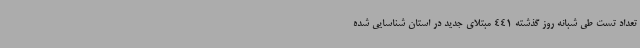
تعداد تست طی شبانه روز گذشته 441 مبتلای جدید در استان شناسایی شده